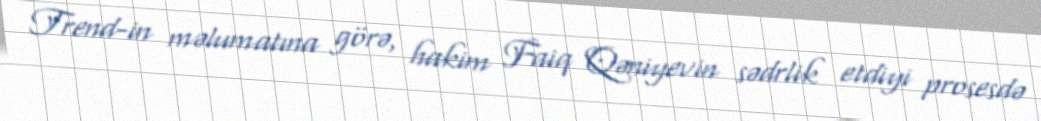
Trend-in məlumatına görə, hakim Faiq Qəniyevin sədrlik etdiyi prosesdə